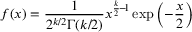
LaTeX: f ( x ) = { \frac { 1 } { 2 ^ { k / 2 } \Gamma ( k / 2 ) } } x ^ { { \frac { k } { 2 } } \! - \! 1 } \exp \left( - { \frac { x } { 2 } } \right)